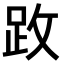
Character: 𫏂